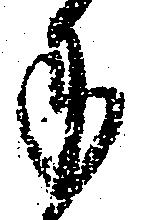
手